Leningradi_Edasi_toimetus, lk 65
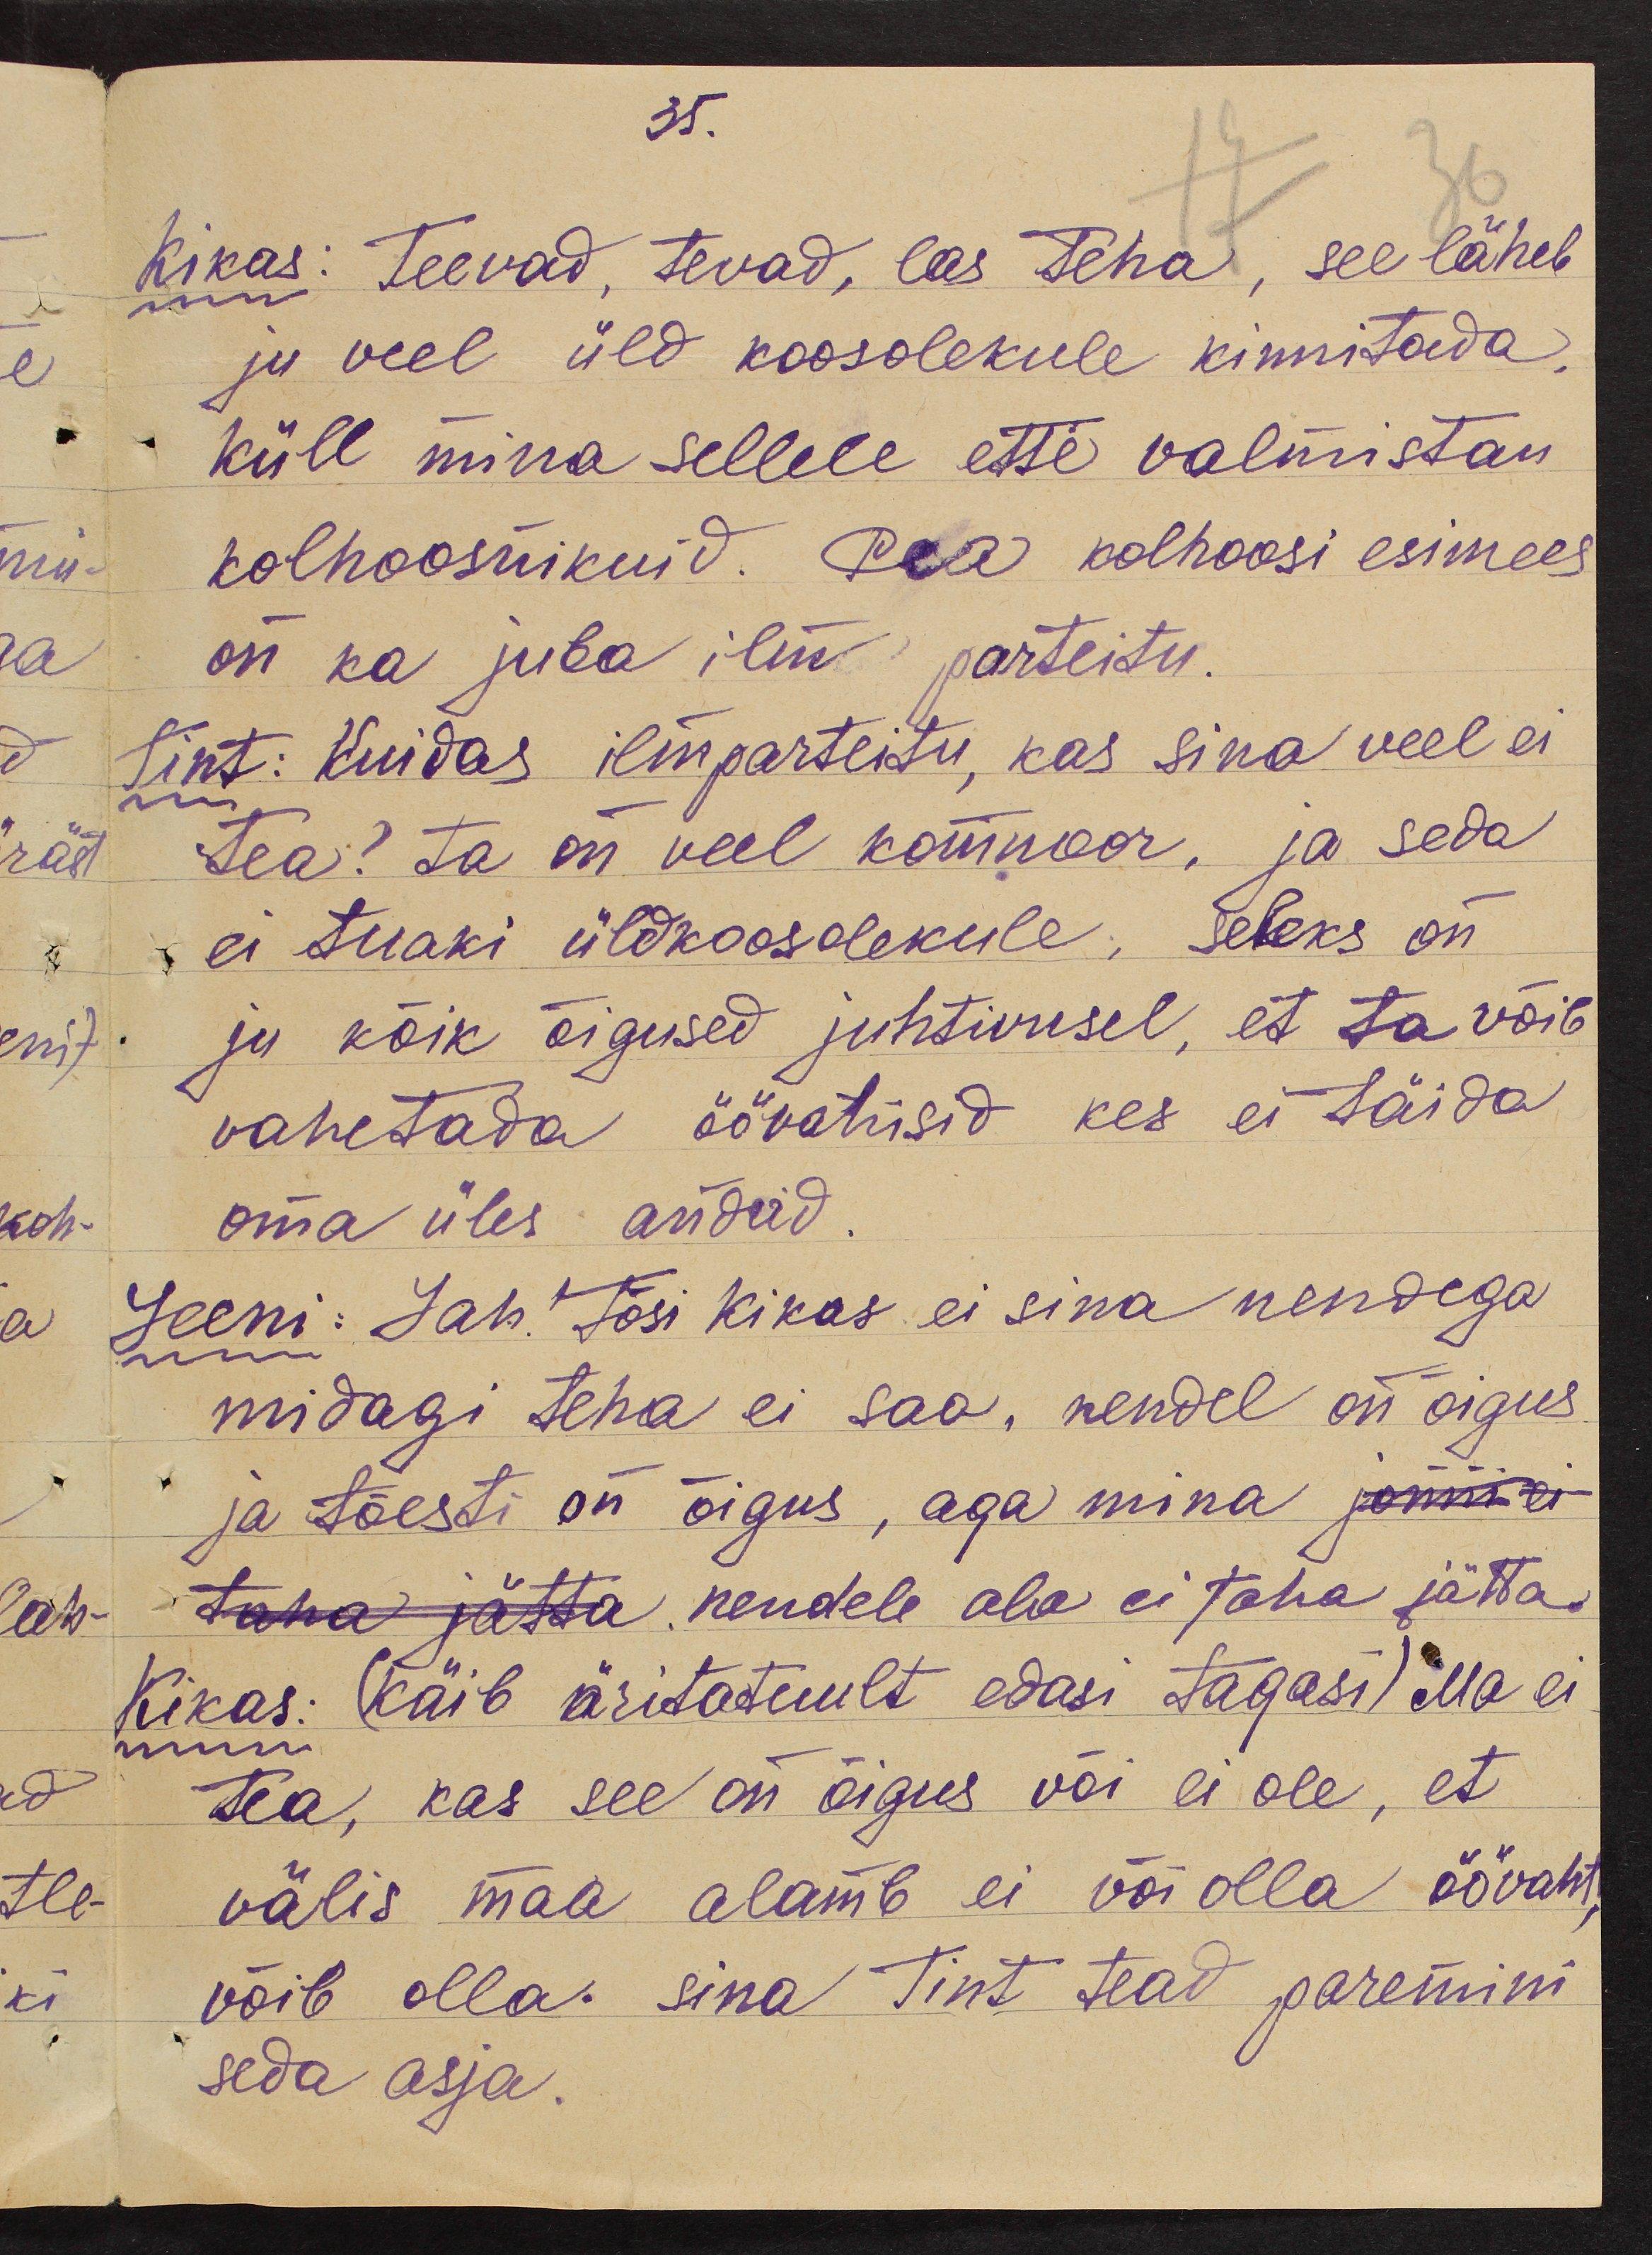
35.
Kikas: Teevad, tevad, las teha, see läheb
ju veel üld koosolekule kinnitada,
küll mina sellele ette valmistan
kolhoosnikuid. Pea kolhoosi esimees
on ka juba ilm parteitu.
Tint: Kuidas ilmparteitu, kas sina veel ei
tea? Ta on veel komnoor, ja seda
ei tuaki üldkoosolekule, seleks on
ju kõik õigused juhtivusel, et ta võib
vahetada öövahisid kes ei täida
oma üles andeid.
Leeni: Jah. Tõsi Kikas ei sina nendega
midagi teha ei saa, nendel on õigus
ja tõesti on õigus, aga mina jonni ei
taha jätta nendele ala ei taha jätta.
Kikas: (käib äritatnult edasi tagasi) Ma ei
tea, kas see on õigus või ei ole, et
välis maa alamb ei või olla öövaht,
võib olla. sina Tint tead paremini
seda asja.